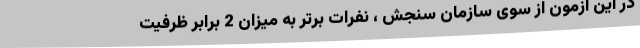
در این ازمون از سوی سازمان سنجش ، نفرات برتر به میزان 2 برابر ظرفیت